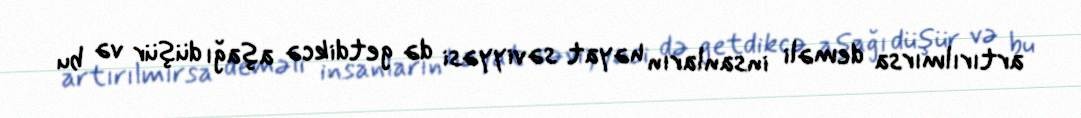
artırılmırsa deməli insanların həyat səviyyəsi də getdikcə aşağı düşür və bu